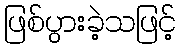
ဖြစ်ပွားခဲ့သဖြင့်